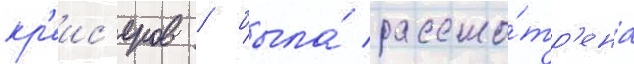
кр'еис'еров / была́ рассмо́тр'ена